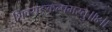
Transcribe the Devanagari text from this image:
शिवसङ्कल्पमस्तु॥४॥